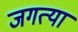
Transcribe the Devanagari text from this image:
जगत्या